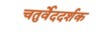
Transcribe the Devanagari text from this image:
चतुर्वेददर्शक